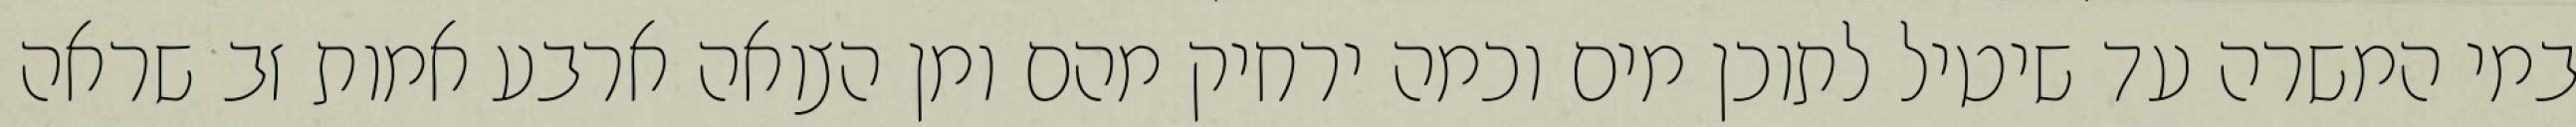
במי המשרה עד שיטיל לתוכן מים וכמה ירחיק מהם ומן הצואה ארבע אמות זב שראה